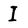
Character: I